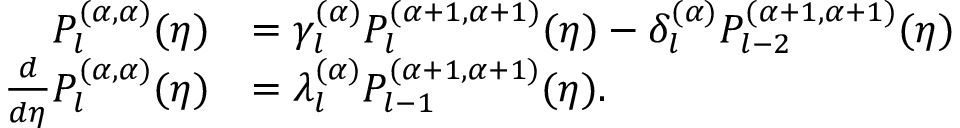
\begin{array} { r l } { P _ { l } ^ { ( \alpha , \alpha ) } ( \eta ) } & { = \gamma _ { l } ^ { ( \alpha ) } P _ { l } ^ { ( \alpha + 1 , \alpha + 1 ) } ( \eta ) - \delta _ { l } ^ { ( \alpha ) } P _ { l - 2 } ^ { ( \alpha + 1 , \alpha + 1 ) } ( \eta ) } \\ { \frac { d } { d \eta } P _ { l } ^ { ( \alpha , \alpha ) } ( \eta ) } & { = \lambda _ { l } ^ { ( \alpha ) } P _ { l - 1 } ^ { ( \alpha + 1 , \alpha + 1 ) } ( \eta ) . } \end{array}